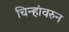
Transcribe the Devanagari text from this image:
चिन्हांवरुन